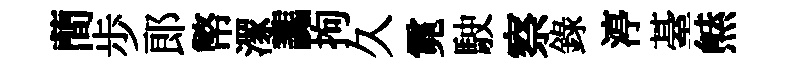
蕳歩郎幣潈讟拘久霓駛察錄渟䑓㷱